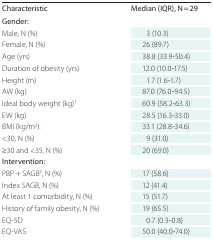
| Characteristic | Median (IQR), N = 29 |
 | --- | --- |
 | Gender: |  |
 | Male, N (%) | 3 (10.3) |
 | Female, N (%) | 26 (89.7) |
 | Age (yrs) | 38.8 (33.9-50.4) |
 | Duration of obesity (yrs) | 12.0 (10.0-17.5) |
 | Height (m) | 1.7 (1.6-1.7) |
 | AW (kg) | 87.0 (76.0-94.5) |
 | Ideal body weight (kg)† | 60.9 (58.2-63.3) |
 | EW (kg) | 28.5 (16.3-33.0) |
 | BMI (kg/m2): | 33.1 (28.8-34.6) |
 | <30, N (%) | 9 (31.0) |
 | ≥30 and <35, N (%) | 20 (69.0) |
 | Intervention: |  |
 | PBP + SAGB‡, N (%) | 17 (58.6) |
 | Index SAGB, N (%) | 12 (41.4) |
 | At least 1 comorbidity, N (%) | 15 (51.7) |
 | History of family obesity, N (%) | 19 (65.5) |
 | EQ-5D | 0.7 (0.3-0.8) |
 | EQ-VAS | 50.0 (40.0-74.0) |